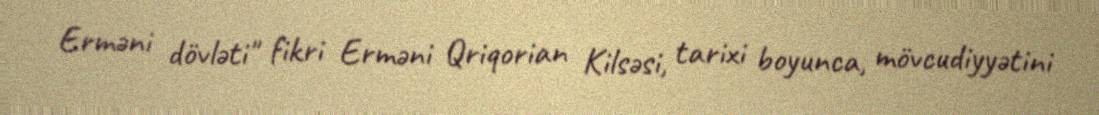
Erməni dövləti" fikri Erməni Qriqorian Kilsəsi, tarixi boyunca, mövcudiyyətini